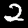
Digit: 2